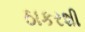
ઠાકરશી